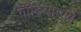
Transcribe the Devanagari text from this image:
गोंदियामार्गे